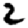
Digit: 2